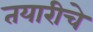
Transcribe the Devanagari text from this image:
तयारीचे